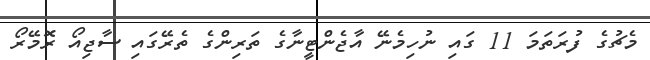
މެޗުގެ ފުރަތަމަ 11 ގައި ނުހިމެނޭ އާޖެންޓީނާގެ ތަރިންގެ ތެރޭގައި ސާޖިއޯ ރޮމޭރޯ